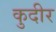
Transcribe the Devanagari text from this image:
कुदीर